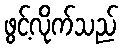
ဖွင့်လိုက်သည်